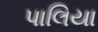
પાલિયા